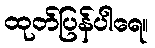
ထုတ်ပြန်ပါရေ။